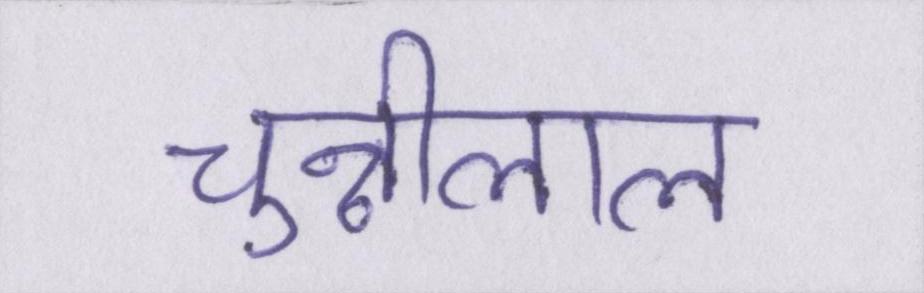
चुन्नीलाल